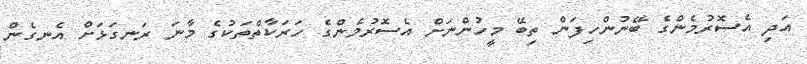
އަދި އެސޮރުމެންގެ ބޭނުންހިފަން ތިބޭ މީހުންނަށް އެސޮރުމެންގެ ހަރަކާތްތަކުގެ މާނަ ރަނގަޅަށް އެނގެން